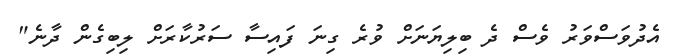
އެދުވަސްވަރު ވެސް ދެ ބިލިޔަނަށް ވުރެ ގިނަ ފައިސާ ސަރުކާރަށް ލިބިގެން ދާނެ"